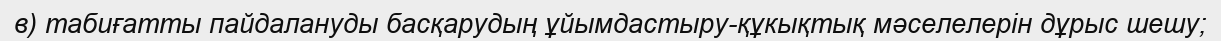
в) табиғатты пайдалануды басқарудың ұйымдастыру-құкықтық мәселелерін дұрыс шешу;